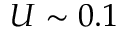
U \sim 0 . 1